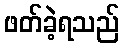
ဖတ်ခဲ့ရသည်